Annual report of the Punjab Veterinary College and of the Civil Veterinary Department, Punjab - 1926-1932
Year: 1926
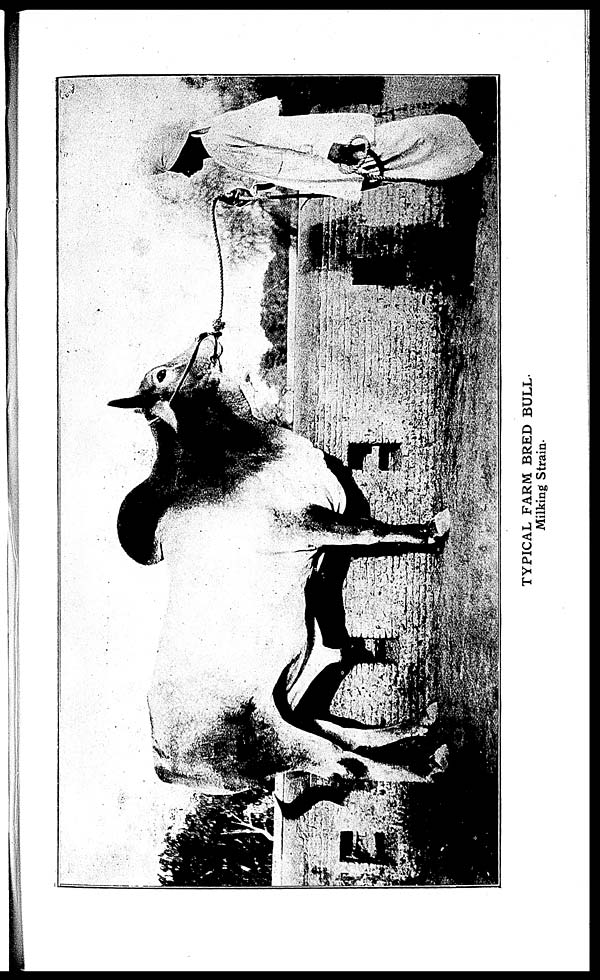
TYPICAL FARM BRED BULL.
Milking Strain.